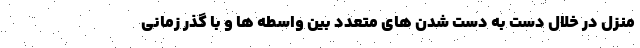
منزل در خلال دست به دست شدن های متعدد بین واسطه ها و با گذر زمانی